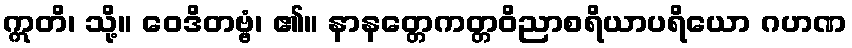
ဣတိ၊ သို့။ ဝေဒိတဗ္ဗံ၊ ၏။ နာနတ္တေကတ္တဝိညာစရိယာပရိယော ဂဟဏ